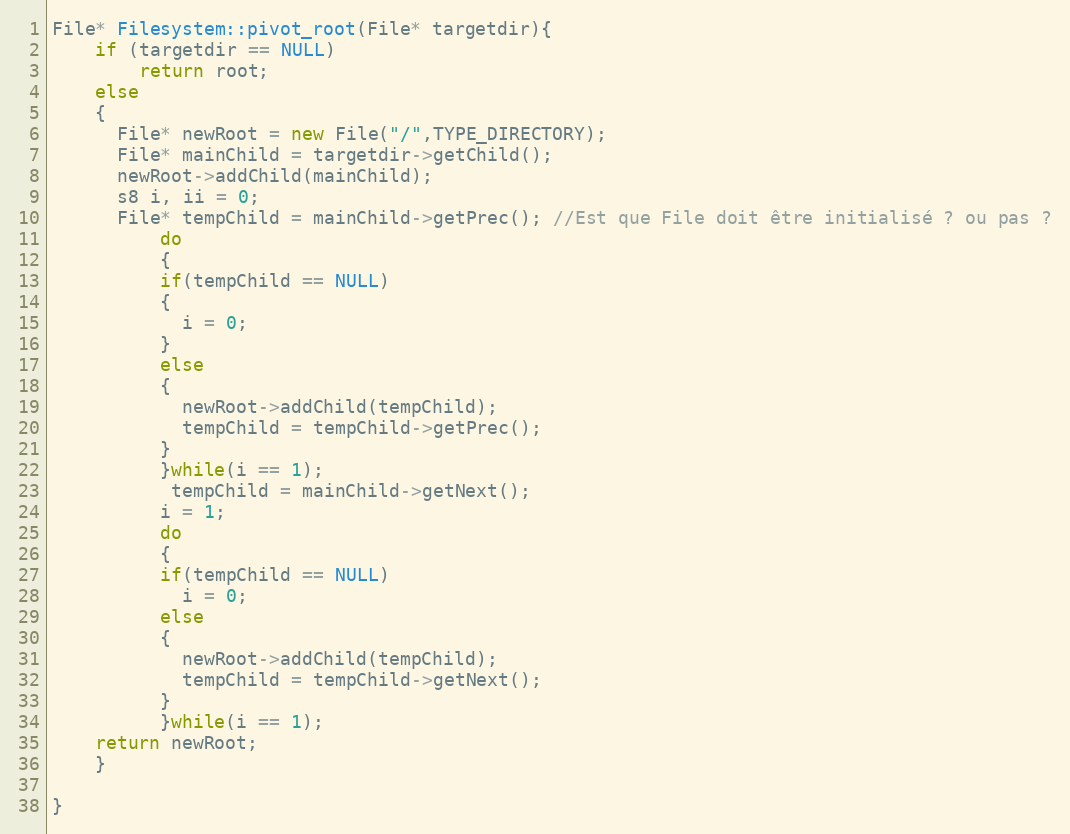
Language: C++
File* Filesystem::pivot_root(File* targetdir){
	if (targetdir == NULL)
		return root;
	else
	{
	  File* newRoot = new File("/",TYPE_DIRECTORY);
	  File* mainChild = targetdir->getChild();
	  newRoot->addChild(mainChild);
	  s8 i, ii = 0;
	  File* tempChild = mainChild->getPrec(); //Est que File doit être initialisé ? ou pas ?
	      do
	      {
		  if(tempChild == NULL)
		  {
		    i = 0;
		  }
		  else
		  {
		    newRoot->addChild(tempChild);
		    tempChild = tempChild->getPrec();
		  }
	      }while(i == 1);
	       tempChild = mainChild->getNext();
	      i = 1;
	      do
	      {
		  if(tempChild == NULL)
		    i = 0;
		  else
		  {
		    newRoot->addChild(tempChild);
		    tempChild = tempChild->getNext();
		  }
	      }while(i == 1);
	return newRoot;
	}

}